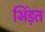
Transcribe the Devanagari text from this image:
भिंड़त